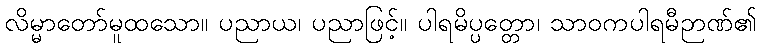
လိမ္မာတော်မူထသော။ ပညာယ၊ ပညာဖြင့်။ ပါရမိပ္ပတ္တော၊ သာဝကပါရမီဉာဏ်၏